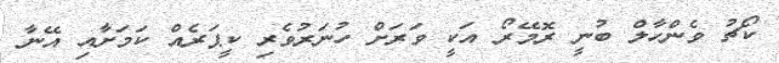
ކޯޗު ވެންހާލް ބުނީ ރޮމޭރޯ އަކީ ވަރަށް ހުނަރުވެރި ކީޕަރެއް ކަމަށާއި އޭނާ